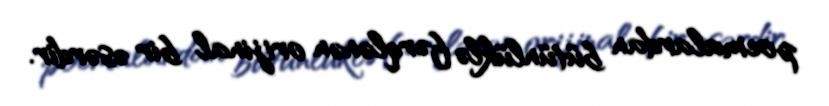
poemalardan bütünlüklə fərqlənən orijinal bir əsərdir.